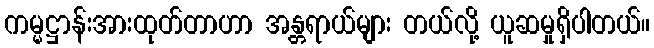
ကမ္မဋ္ဌာန်းအားထုတ်တာဟာ အန္တရာယ်များ တယ်လို့ ယူဆမှုရှိပါတယ်။